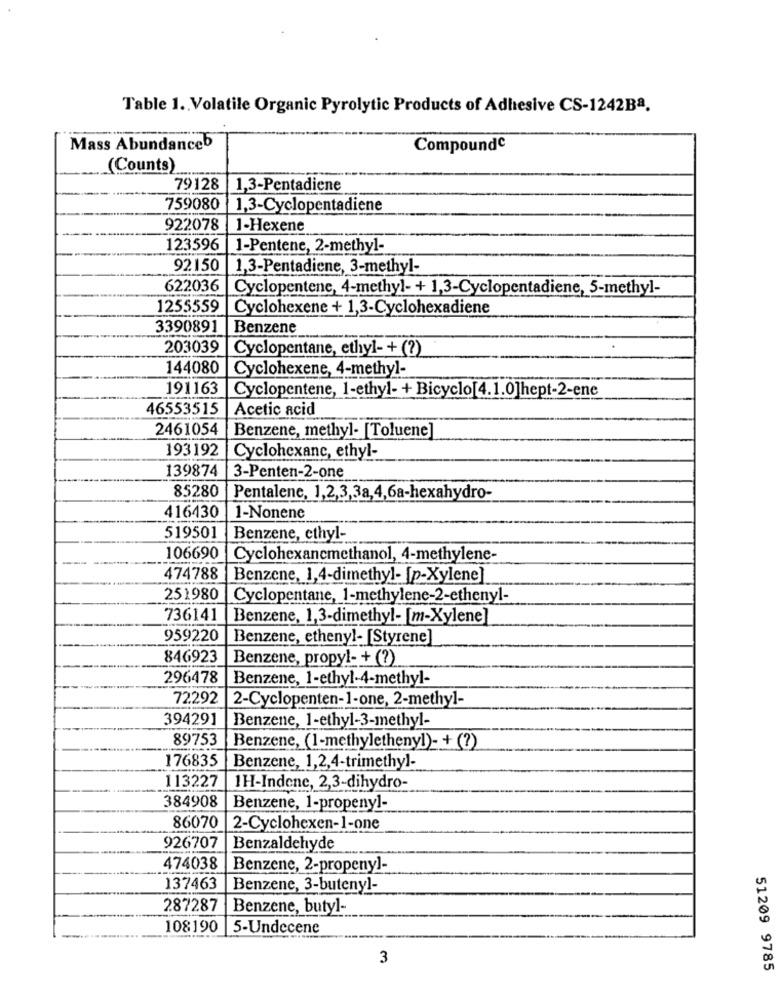
Table 1. Volatile Organic Pyrolytic Products of Adhesive CS-1242Ba.
Mass Abundanceb
Compoundc
(Counts)
79128
1,3-Pentadiene
759080
1,3-Cyclopentadiene
922078
1-Hexene
123596
1-Pentene, 2-methyl-
92150
1,3-Pentadiene, 3-methyl-
622036
Cyclopentene, 4-methyl- + 1,3-Cyclopentadiene, 5-methyl-
1255559
Cyclohexene + 1,3-Cyclohexadiene
3390891
Benzene
203039
Cyclopentane, ethyl- + (?)
144080
Cyclohexene, 4-methyl-
191163
Cyclopentene, 1-ethyl- + Bicyclo[4.1.0]hept-2-ene
46553515
Acetic acid
2461054
Benzene, methyl- [Toluene]
193192
Cyclohexane, ethyl-
139874
3-Penten-2-one
85280
Pentalene, 1,2,3,3a,4,6a-hexahydro-
416430
1-Nonene
519501
Benzene, ethyl-
106690
Cyclohexancmethanol, 4-methylene.
474788
Benzene, 1,4-dimethyl- [p-Xylene]
251980
Cyclopentane, 1-methylene-2-ethenyl-
736141
Benzene, 1,3-dimethyl- [m-Xylene]
959220
Benzene, ethenyl- [Styrene]
846923
Benzene, propyl- + (?)
296478
Benzene, 1-ethyl-4-methyl-
72292
2-Cyclopenten-1-one, 2-methyl-
394291
Benzene, 1-ethyl-3-methyl-
89753
Benzene, (1-methylethenyl)- + (?)
176835
Benzene, 1,2,4-trimethyl-
113227
1H-Indene, 2,3-dihydro-
384908
Benzene, 1-propeny]-
86070
2-Cyclohexen-1-one
926707
Benzaldehyde
474038
Benzene, 2-propeny]-
137463
Benzene, 3-butenyl-
287287
Benzene, butyl-
108190
5-Undecene
3
51209 9785